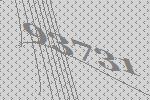
93731